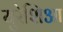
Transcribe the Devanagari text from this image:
युरेशिआ